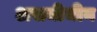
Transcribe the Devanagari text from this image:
असमीचीन